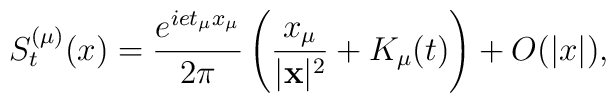
S_t^{(\mu )}(x)=\frac{e^{iet_{\mu}x_{\mu}}}{2\pi}\left(\frac{x_{\mu}} {|{\bf x}|^2}+K_{\mu}(t)\right)+O(|x|),